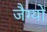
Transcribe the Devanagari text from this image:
जैग्यो